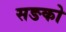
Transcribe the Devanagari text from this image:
सङको